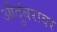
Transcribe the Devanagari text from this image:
औदुंबरावर